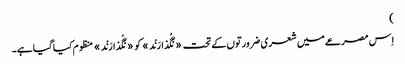
)
اِس مصرعے میں شعری ضرورتوں کے تحت «نَگُذارَنْد» کو «نَگْذارَنْد» منظوم کیا گیا ہے۔